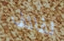
لفائف